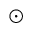
\odot